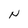
Character: N